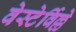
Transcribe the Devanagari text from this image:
वेस्टेर्विल्ले